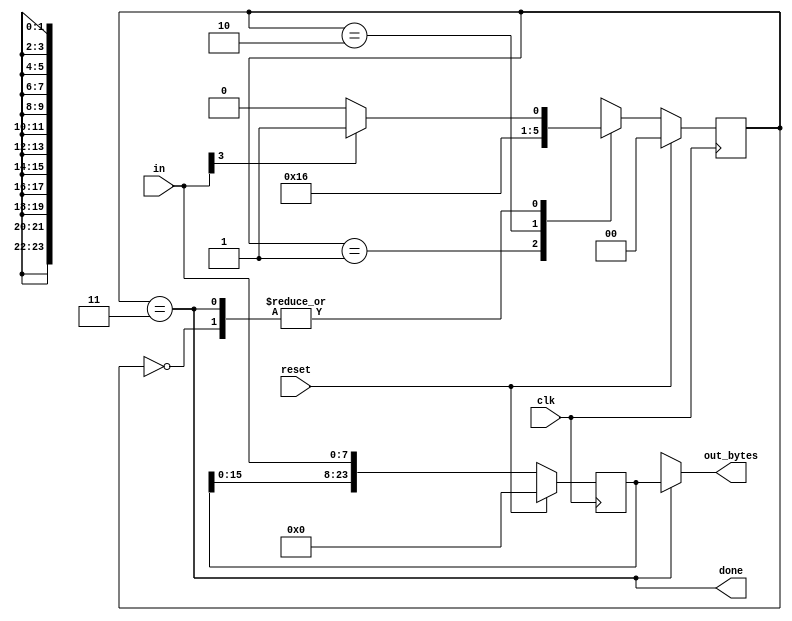
module top_module(
    input clk,
    input [7:0] in,
    input reset,    // Synchronous reset
    output [23:0] out_bytes,
    output done); //

    // FSM from fsm_ps2
	parameter A=0, B=1, C=2, D=3;
    reg [1:0] state, nextstate;
    reg [23:0] data;
    // State transition logic (combinational)
    always @(*) begin
        case (state)
            A: nextstate = in[3] ? B : A;
            B: nextstate = C;
            C: nextstate = D;
            D: nextstate = in[3] ? B : A;
            default: nextstate = 0;
        endcase
    end
    
    // State flip-flops (sequential)
    always @(posedge clk) begin
        if (reset) state <= A;
        else begin
            state <= nextstate;
        end
    end
 
    // Output logic
    assign done = (state == D);
    // New: Datapath to store incoming bytes.
    always @(posedge clk) begin
        if (reset) data <= 24'b0;
        else data <= {data[15:8], data[7:0], in};
    end
    
    assign out_bytes = done ? data : {24{1'bx}};

endmodule